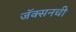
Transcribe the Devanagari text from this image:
जॅक्सनची